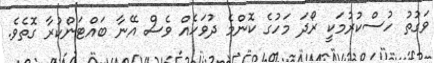
ވަގުތު ހުސްކުރުމަކީ ރޯދަ މަހުގެ ކޮންމެ ދުވަހެއް ވެސް އޭނާ ބައްޓަންކުރާ ގޮތެވެ.